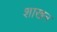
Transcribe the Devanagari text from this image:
शाखन